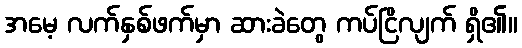
အမေ့ လက်နှစ်ဖက်မှာ ဆားခဲတွေ ကပ်ငြိလျက် ရှိ၏။